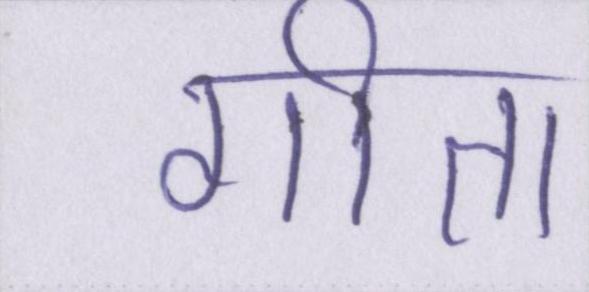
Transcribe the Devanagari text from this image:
गीता